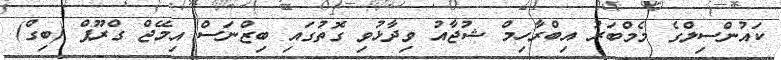
ކައުންސިލްގެ މެމްބަރު އިބްރާހިމް ޝުޖާއު ވިދާޅުވި ގޮތުގައި ބިޒްނަސް އިމޭޖް ގްރޫޕް (ބިގް)